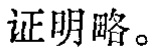
证明略。